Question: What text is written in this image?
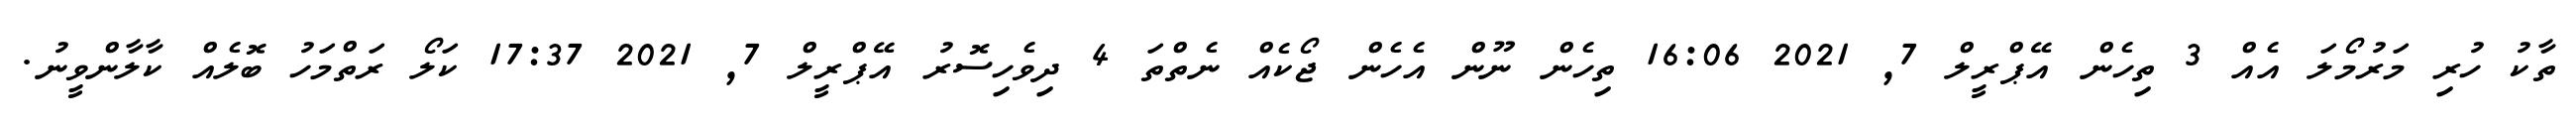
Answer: ތާކު ހުރި މަރުމޯލަ އެއް 3 ތިހެން އޭޕްރީލް 7, 2021 16:06 ތިހެން ނޫން އެހެން ޖޯކެއް ނެތްތަ 4 ދިވެހިސޮރު އޭޕްރީލް 7, 2021 17:37 ކަލޯ ރަތްމަހު ބޮލެއް ކާލާންވީނު.